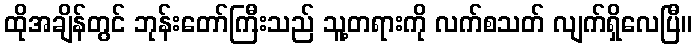
ထိုအချိန်တွင် ဘုန်းတော်ကြီးသည် သူ့တရားကို လက်စသတ် လျက်ရှိလေပြီ။